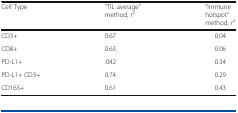
| Cell Type | “TIL average” method, r2 | “Immune hotspot” method, r2 |
 | --- | --- | --- |
 | CD3+ | 0.67 | 0.04 |
 | CD8+ | 0.63 | 0.06 |
 | PD-L1+ | .042 | 0.34 |
 | PD-L1+ CD3+ | 0.74 | 0.29 |
 | CD163+ | 0.61 | 0.43 |